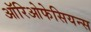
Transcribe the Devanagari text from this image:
ऑरिओफेसियन्स